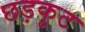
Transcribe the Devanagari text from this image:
छड़कूट